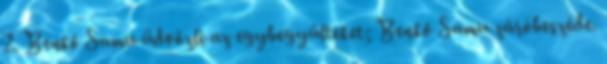
2. Benkő Samu üdvözli az egybegyűlteket; Benkő Samu záróbeszéde.